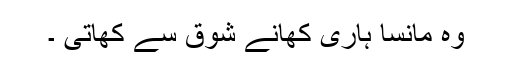
وہ مانسا ہاری کھانے شوق سے کھاتی ۔